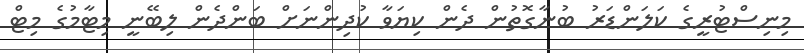
މިނިސްޓުރީގެ ކަލަންޑަރު ބުނާގޮތުން ދެން ކިޔަވާ ކުދިންނަށް ބަންދެން ލިބޭނީ މިޓާމުގެ މިޓް